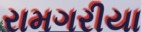
રામગરીયા